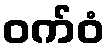
ဝက်ဝံ